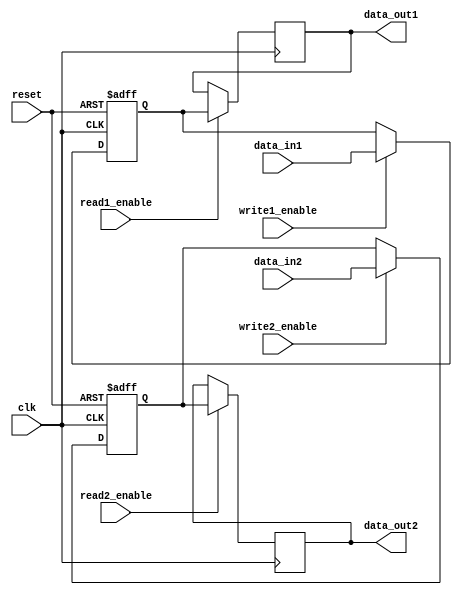
module dual_port_register(
    input wire clk,
    input wire reset,
    input wire read1_enable,
    input wire read2_enable,
    input wire write1_enable,
    input wire write2_enable,
    input wire [7:0] data_in1,
    input wire [7:0] data_in2,
    output reg [7:0] data_out1,
    output reg [7:0] data_out2
);

reg [7:0] reg_data1;
reg [7:0] reg_data2;

always @(posedge clk or posedge reset) begin
    if (reset) begin
        reg_data1 <= 8'b0;
        reg_data2 <= 8'b0;
    end else begin
        if (write1_enable) begin
            reg_data1 <= data_in1;
        end
        if (write2_enable) begin
            reg_data2 <= data_in2;
        end
    end
end

always @(posedge clk) begin
    if (read1_enable) begin
        data_out1 <= reg_data1;
    end
    if (read2_enable) begin
        data_out2 <= reg_data2;
    end
end

endmodule